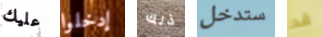
عليك إدخلوا ذلك ستدخل قد